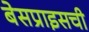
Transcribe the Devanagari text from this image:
बेसप्राइसची